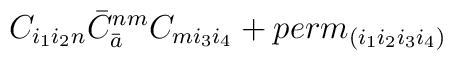
C_{i_1 i_2 n} {\bar C}_{\bar a}^{nm} C_{m i_3 i_4} + perm_{(i_1i_2 i_3 i_4)}